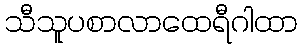
သီသူပစာလာထေရီဂါထာ